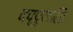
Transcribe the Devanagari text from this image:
दप्पुकळि